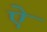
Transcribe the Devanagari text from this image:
एे